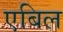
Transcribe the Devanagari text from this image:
एबिल